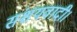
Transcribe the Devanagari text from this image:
संशयवादी।